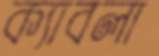
ক্যাবলা